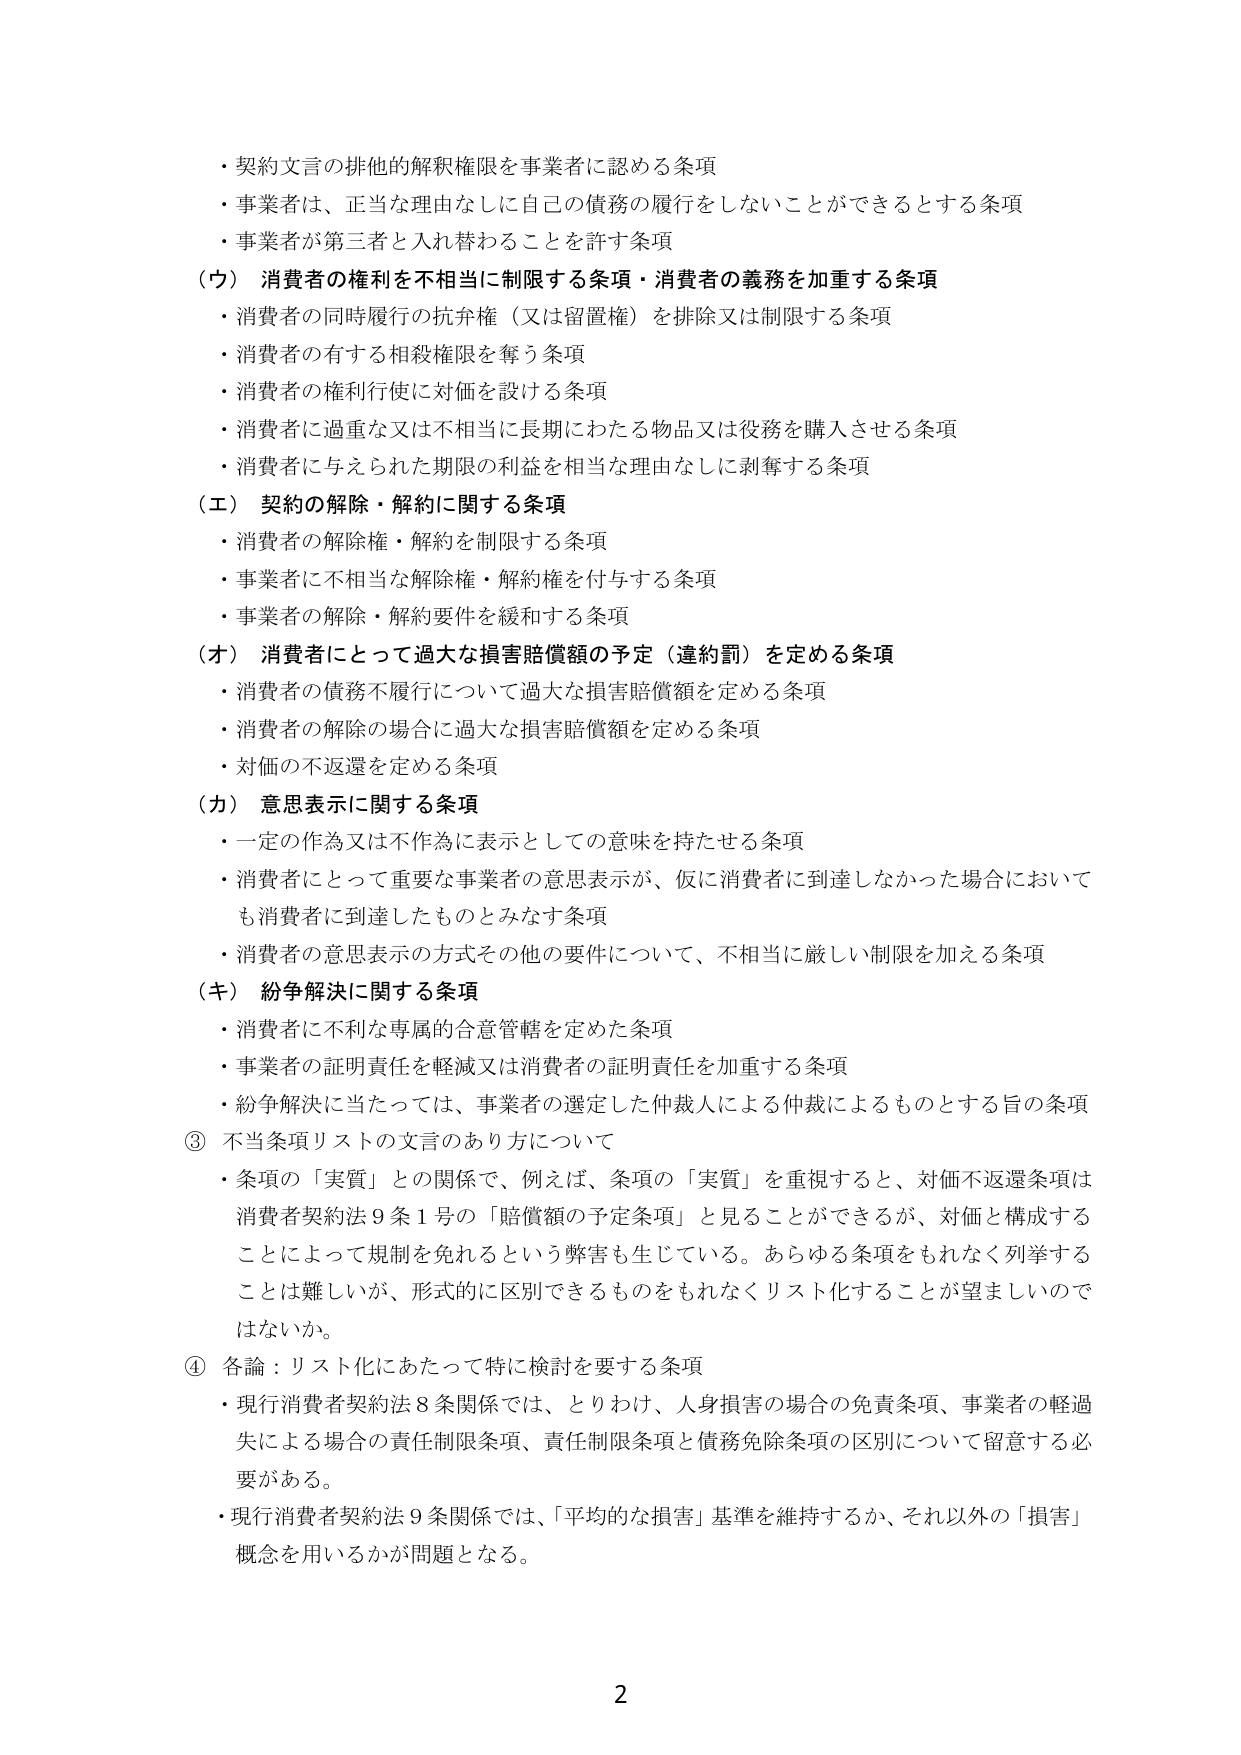
・契約文言の排他的解釈権限を事業者に認める条項
・事業者は、正当な理由なしに自己の債務の履行をしないことができるとする条項
・事業者が第三者と入れ替わることを許す条項

（ウ）消費者の権利を不相当に制限する条項・消費者の義務を加重する条項
・消費者の同時履行の抗弁権（又は留置権）を排除又は制限する条項
・消費者の有する相殺権限を奪う条項
・消費者の権利行使に対価を設ける条項
・消費者に過重な又は不相当に長期にわたる物品又は役務を購入させる条項
・消費者に与えられた期限の利益を相当な理由なしに剥奪する条項

（エ）契約の解除・解約に関する条項
・消費者の解除権・解約を制限する条項
・事業者に不相当な解除権・解約権を付与する条項
・事業者の解除・解約要件を緩和する条項

（オ）消費者にとって過大な損害賠償額の予定（違約罰）を定める条項
・消費者の債務不履行について過大な損害賠償額を定める条項
・消費者の解除の場合に過大な損害賠償額を定める条項
・対価の不返還を定める条項

（カ）意思表示に関する条項
・一定の作為又は不作為に表示としての意味を持たせる条項
・消費者にとって重要な事業者の意思表示が、仮に消費者に到達しなかった場合においても消費者に到達したものとみなす条項
・消費者の意思表示の方式その他の要件について、不相当に厳しい制限を加える条項

（キ）紛争解決に関する条項
・消費者に不利な専属的合意管轄を定めた条項
・事業者の証明責任を軽減又は消費者の証明責任を加重する条項
・紛争解決に当たっては、事業者の選定した仲裁人による仲裁によるものとする旨の条項

③ 不当条項リストの文言のあり方について
・条項の「実質」との関係で、例えば、条項の「実質」を重視すると、対価不返還条項は消費者契約法9条1号の「賠償額の予定条項」と見ることができるが、対価と構成することによって規制を免れるという弊害も生じている。あらゆる条項をもれなく列挙することは難しいが、形式的に区別できるものをもれなくリスト化することが望ましいのではないか。

④ 各論：リスト化にあたって特に検討を要する条項
・現行消費者契約法8条関係では、とりわけ、人身損害の場合の免責条項、事業者の軽過失による場合の責任制限条項、責任制限条項と債務免除条項の区別について留意する必要がある。
・現行消費者契約法9条関係では、「平均的な損害」基準を維持するか、それ以外の「損害」概念を用いるかが問題となる。

2